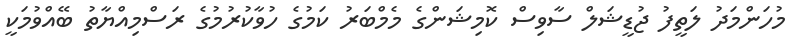
މުހަންމަދު ލަތީފު ޖުޑީޝަލް ސާވިސް ކޮމިޝަންގެ މެމްބަރު ކަމުގެ ހުވާކުރުމުގެ ރަސްމިއްޔާތު ބޭއްވުމަކީ